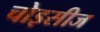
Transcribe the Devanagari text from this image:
चोइसीज